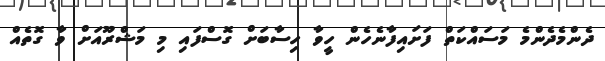
ދެންމެދެންމެ މަސައްކަތް ފަށައިފާނެހެން ހީވާ ހިސާބަށް ގޮސްފައި މި މަޝްރޫއަށް ވާ ގޮތެއް